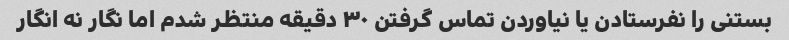
بستنی را نفرستادن یا نیاوردن تماس گرفتن ۳۰ دقیقه منتظر شدم اما نگار نه انگار